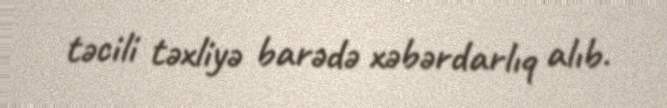
təcili təxliyə barədə xəbərdarlıq alıb.